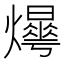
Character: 𤑼